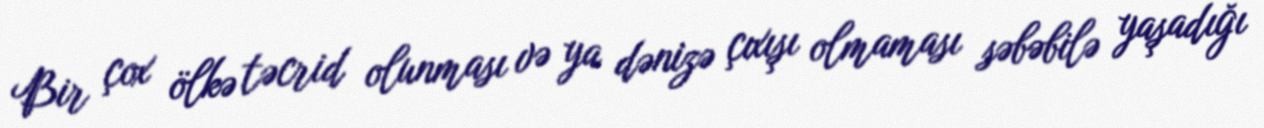
Bir çox ölkə təcrid olunması və ya dənizə çıxışı olmaması səbəbilə yaşadığı